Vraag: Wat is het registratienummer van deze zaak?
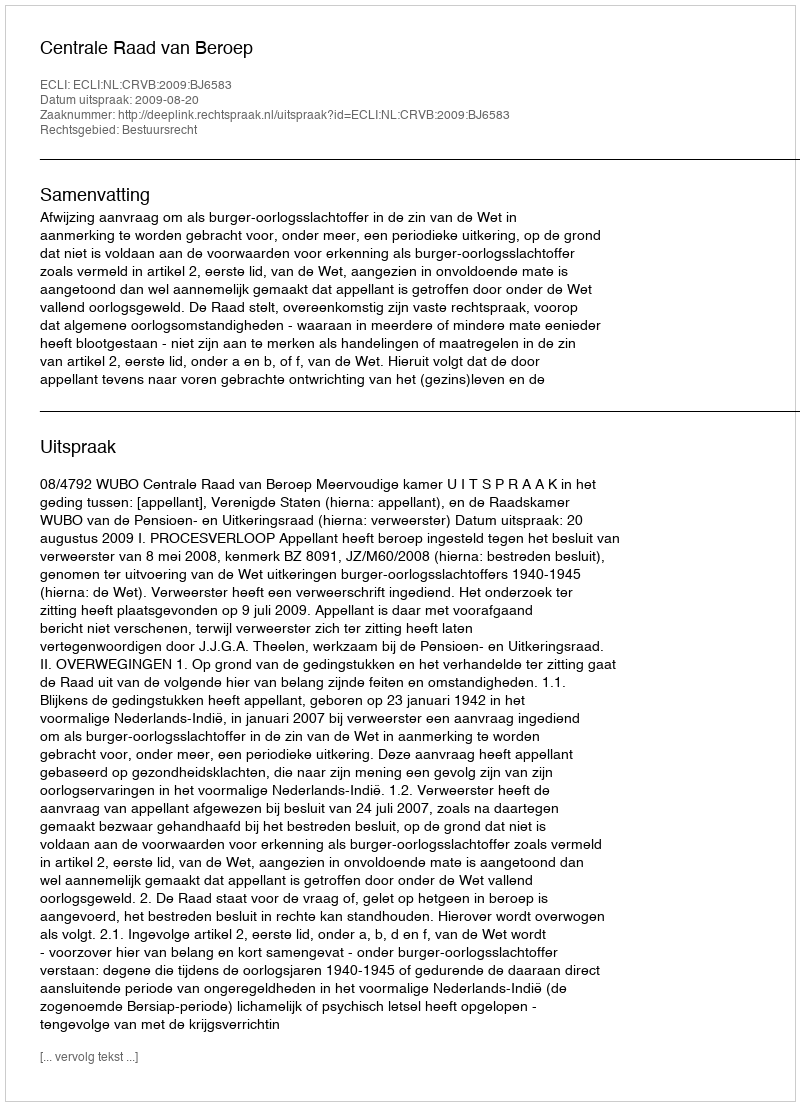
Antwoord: http://deeplink.rechtspraak.nl/uitspraak?id=ECLI:NL:CRVB:2009:BJ6583